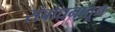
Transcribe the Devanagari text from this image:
संबोधनातून